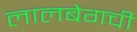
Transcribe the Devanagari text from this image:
लालबेगची